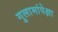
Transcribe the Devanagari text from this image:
गुलामांपेक्षा